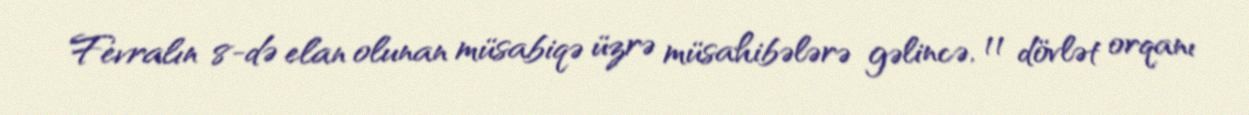
Fevralın 8-də elan olunan müsabiqə üzrə müsahibələrə gəlincə, 11 dövlət orqanı